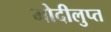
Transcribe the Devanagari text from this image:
मोदीलुप्त